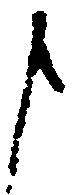
申